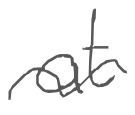
Text: at
Cross-out: wave
Writing tool: digital_gray